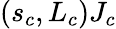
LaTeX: (s_{c},L_{c}){J_{c}}